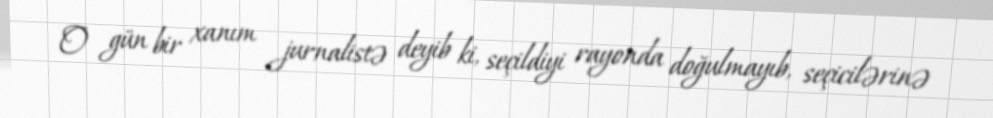
O gün bir xanım jurnalistə deyib ki, seçildiyi rayonda doğulmayıb, seçicilərinə